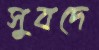
সুবদে